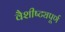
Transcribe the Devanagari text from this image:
वैशीष्ट्यपूर्ण